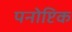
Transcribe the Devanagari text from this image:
पनोप्टिक